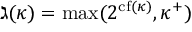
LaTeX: \gimel ( \kappa ) = \operatorname* { m a x } ( 2 ^ { { \mathrm { c f } } ( \kappa ) } , \kappa ^ { + } )